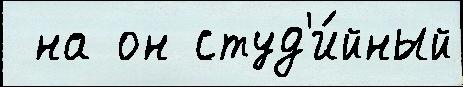
 на он студ'и́йный